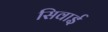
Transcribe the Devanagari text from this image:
सिवाई